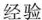
经验